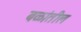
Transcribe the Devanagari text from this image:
बळांतील